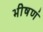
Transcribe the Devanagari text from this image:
भीषणं